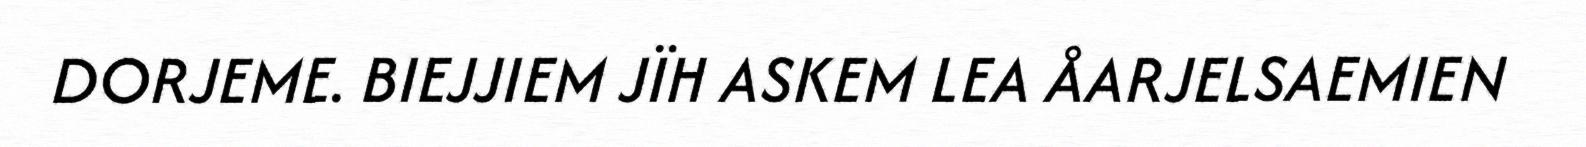
DORJEME. BIEJJIEM JÏH ASKEM LEA ÅARJELSAEMIEN